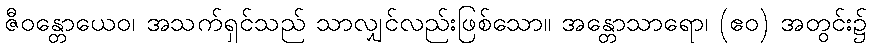
ဇီဝန္တောယေဝ၊ အသက်ရှင်သည် သာလျှင်လည်းဖြစ်သော။ အန္တောသာရော၊ (ဧဝ) အတွင်း၌